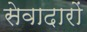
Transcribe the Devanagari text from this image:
सेवादारों